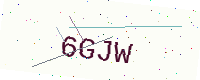
Text: 6GJW